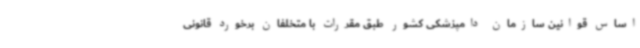
اساس قوانین سازمان دامپزشکی کشور طبق مقررات با متخلفان برخورد قانونی